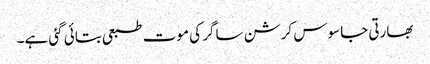
بھارتی جاسوس کرشن ساگر کی موت طبعی بتائی گئی ہے۔